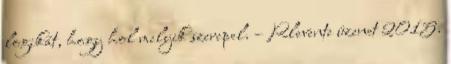
logikát, hogy hol melyik szerepel. – Rlevente üzenet 2015.